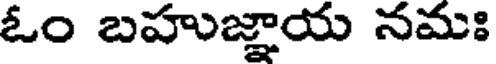
ఓం బహుజ్ఞాయ నమః